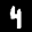
Label: 4